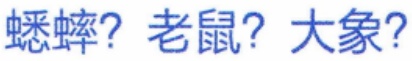
蟋蟀? 老鼠? 大象?